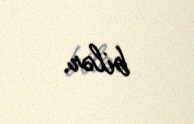
bilər.